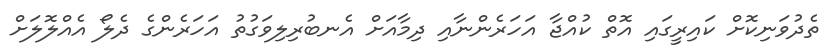
ތެދުވަނިކޮށް ކައިރީގައި އޮތް ކުއްޖާ އަހަރެންނާއި ދިމާއަށް އެނބުރިލިވަގުތު އަހަރެންގެ ދެލޯ އެއްލޮލަށް